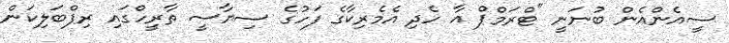
ސީއެންއެން ބުނަނީ "ޓްރަމްޕް އާ ހެދި އެމެރިކާގެ ފަހުގެ ސިޔާސީ ތާރީހްގައި ރިޕްބަލިކަން